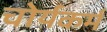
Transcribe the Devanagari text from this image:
चोर्यकर्म